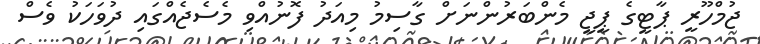
ޖުމްހޫރީ ޕާޓީގެ ޕީޖީ މެންބަރުންނަށް ގާސިމު މިއަދު ފޮނުއްވި މެސެޖެއްގައި ދުވަހަކު ވެސް